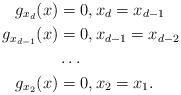
LaTeX: \begin{align*} g_{x_d}(x)&=0,x_d=x_{d-1}\\ g_{x_{d-1}}(x)&=0,x_{d-1}=x_{d-2} \\ &\ldots \\ g_{x_2}(x)&=0, x_{2}=x_1.\end{align*}